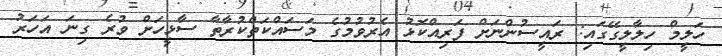
ހަލީމް ހިލާލީގޭގައި: ރައީސުންނަށް ފަރިއްކޮޅު އެރުވުމުގެ މަސައްކަތްކުރާތާ ސާޅީހަށް ވުރެ ގިނަ އަހަރު